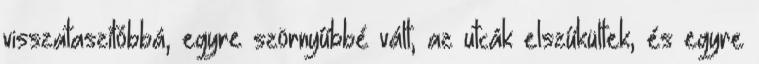
visszataszítóbbá, egyre szörnyűbbé vált, az utcák elszűkültek, és egyre